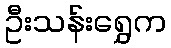
ဦးသန်းရွှေက